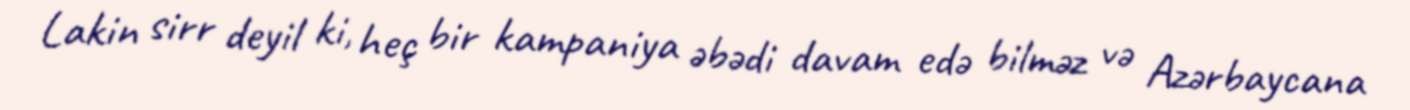
Lakin sirr deyil ki, heç bir kampaniya əbədi davam edə bilməz və Azərbaycana